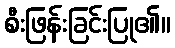
စီးဖြန်းခြင်းပြု၏။